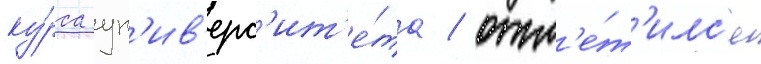
ку́рса ун'ив'ерс'ит'е́та / отм'е́т'илс'я